Vaccination in Bombay 1856-1862 - 1856-1862
Year: 1856
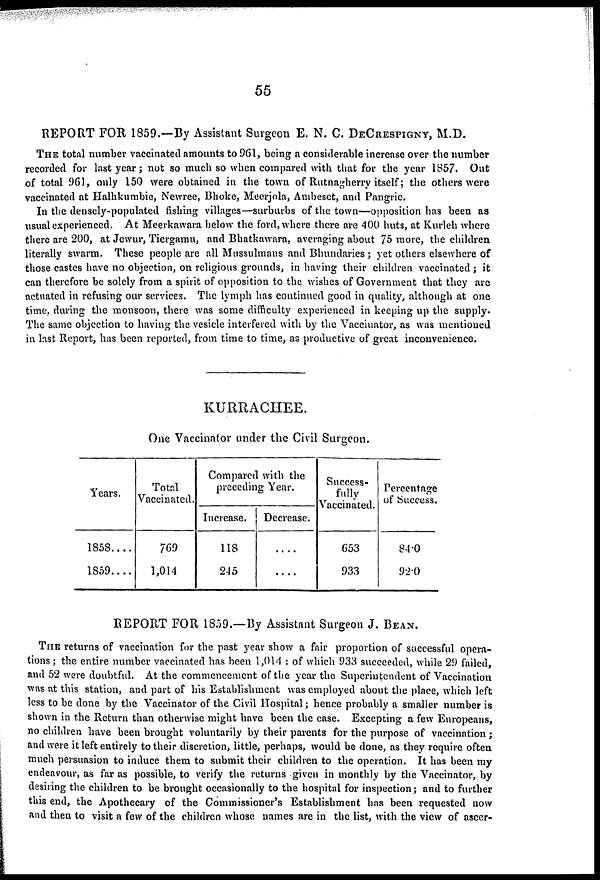
55
REPORT FOR 1859.—By Assistant Surgeon E. N. C. DECRESPIGNY, M.D.
THE total number vaccinated amounts to 961, being a considerable increase over the number
recorded for last year; not so much so when compared with that for the year 1857. Out
of total 961, only 150 were obtained in the town of Rutnagherry itself; the others were
vaccinated at Halhkumbie, Newree, Bhoke, Meerjola, Ambeset, and Pangrie.
In the densely-populated fishing villages—surburbs of the town—opposition has been as
usual experienced. At Meerkawara below the ford, where there are 400 huts, at Kurleh where
there are 200, at Jewur, Tiergamu, and Bhatkawara, averaging about 75 more, the children
literally swarm. These people are all Mussulmans and Bhundaries; yet others elsewhere of
those castes have no objection, on religious grounds, in having their children vaccinated ; it
can therefore be solely from a spirit of opposition to the wishes of Government that they are
actuated in refusing our services. The lymph has continued good in quality, although at one
time, during the monsoon, there was some difficulty experienced in keeping up the supply.
The same objection to having the vesicle interfered with by the Vaccinator, as was mentioned
in last Report, has been reported, from time to time, as productive of great inconvenience.
KURRACHEE.
One Vaccinator under the Civil Surgeon.
Years.
1858....
1859....
Total
Vaccinated.
769
1,014
Compared with the
preceding Year.
Increase.
118
245
Decrease.
....
...
Success-
fully
Vaccinated.
653
933
Percentage
of Success.
84.0
92.0
REPORT FOR 1859.—By Assistant Surgeon J. BEAN.
THE returns of vaccination for the past year show a fair proportion of successful opera-
tions ; the entire number vaccinated has been 1,014 : of which 933 succeeded, while 29 failed,
and 52 were doubtful. At the commencement of the year the Superintendent of Vaccination
was at this station, and part of his Establishment was employed about the place, which left
less to be done by the Vaccinator of the Civil Hospital; hence probably a smaller number is
shown in the Return than otherwise might have been the case. Excepting a few Europeans,
no children have been brought voluntarily by their parents for the purpose of vaccination;
and were it left entirely to their discretion, little, perhaps, would be done, as they require often
much persuasion to induce them to submit their children to the operation. It has been my
endeavour, as far as possible, to verify the returns given in monthly by the Vaccinator, by
desiring the children to be brought occasionally to the hospital for inspection; and to further
this end, the Apothecary of the Commissioner's Establishment has been requested now
and then to visit a few of the children whose names are in the list, with the view of ascer-